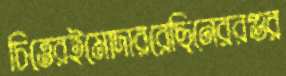
চিত্তেরইমোদাররেছিনেররগুর